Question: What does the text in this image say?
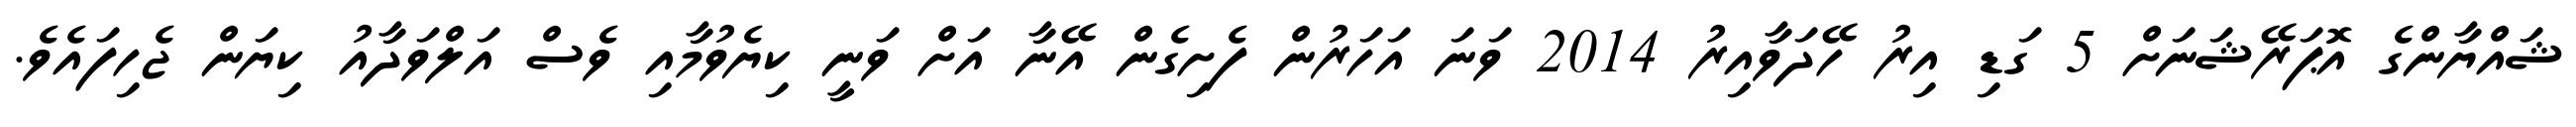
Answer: ޝައްޔާންގެ އޮޕަރޭޝަނަށް 5 ގަޑި އިރު ހޭދަވާއިރު 2014 ވަނަ އަހަރުން ފެށިގެން އޭނާ އަށް ވަނީ ކިޔެވުމާއި ވެސް އަލްވަދާއު ކިޔަން ޖެހިފައެވެ.